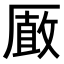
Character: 𠪫